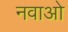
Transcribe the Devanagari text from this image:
नवाओ